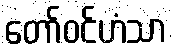
တော်ဝင်ဟံသာ